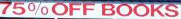
75%OFF BOOKS